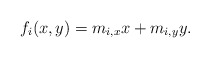
\begin{align*}f_{i}(x,y)=m_{i,x} x+m_{i,y} y.\end{align*}